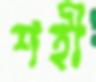
শহী